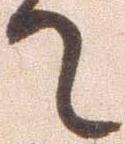
て